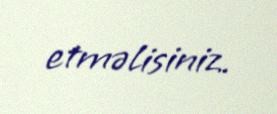
etməlisiniz.